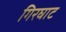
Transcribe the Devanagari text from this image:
गिरघाट